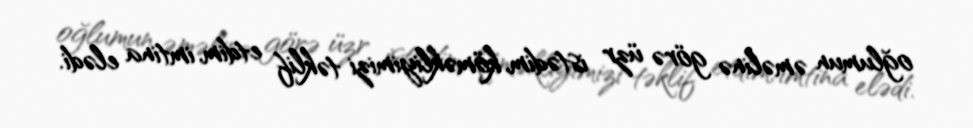
oğlumun əməlinə görə üzr istədim, köməkliyimizi təklif etdim, imtina elədi.